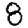
Digit: 8